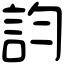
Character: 𧥺